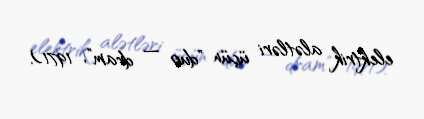
elektrik alətləri üçün "duo — dram", 1971).